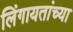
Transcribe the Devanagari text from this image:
लिंगायतांच्या